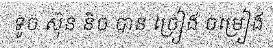
ទូច ស៊ុន និច បាន ច្រៀង ចម្រៀង